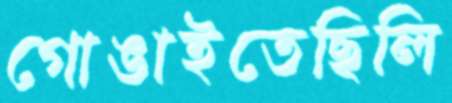
গোঙাইতেছিলি